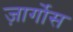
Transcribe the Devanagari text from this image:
ज़ार्गोस